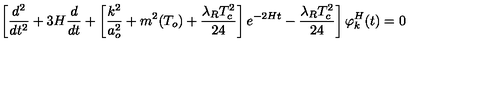
\left[ \frac { d ^ { 2 } } { d t ^ { 2 } } + 3 H \frac { d } { d t } + \left[ \frac { k ^ { 2 } } { a _ { o } ^ { 2 } } + m ^ { 2 } ( T _ { o } ) + \frac { \lambda _ { R } T _ { c } ^ { 2 } } { 2 4 } \right] e ^ { - 2 H t } - \frac { \lambda _ { R } T _ { c } ^ { 2 } } { 2 4 } \right] \varphi _ { k } ^ { H } ( t ) = 0